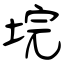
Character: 垸